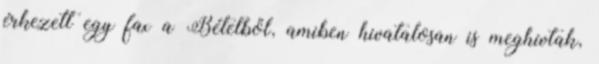
érkezett egy fax a Bételből, amiben hivatalosan is meghívtak,